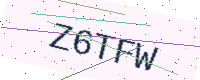
Text: Z6TFW